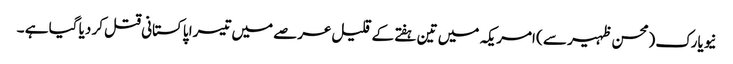
نیویارک (محسن ظہیر سے ) امریکہ میں تین ہفتے کے قلیل عرصے میں تیسرا پاکستانی قتل کر دیا گیا ہے ۔